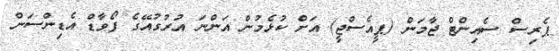
ޕެރިސް ސެއިންޓް ޖާމަން (ޕީއެސްޖީ) އަށް ކުޅެމުން އަންނަ އުރުގުއޭގެ ފޯވާޑް އެޑިންސަން